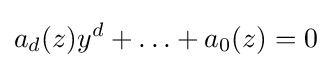
a_{d}(z)y^{d}+\ldots +a_{0}(z)=0